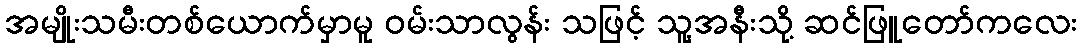
အမျိုးသမီးတစ်ယောက်မှာမူ ဝမ်းသာလွန်း သဖြင့် သူ့အနီးသို့ ဆင်ဖြူတော်ကလေး